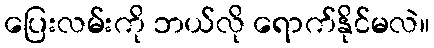
ပြေးလမ်းကို ဘယ်လို ရောက်နိုင်မလဲ။